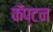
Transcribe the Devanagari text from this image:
कँप्टन